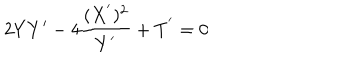
2 Y Y ^ { \prime } - 4 \frac { ( X ^ { ^ { \prime } } ) ^ { 2 } } { Y ^ { ^ { \prime } } } + T ^ { ^ { \prime } } = 0